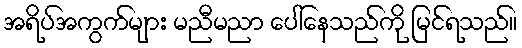
အရိပ်အကွက်များ မညီမညာ ပေါ်နေသည်ကို မြင်ရသည်။